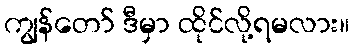
ကျွန်တော် ဒီမှာ ထိုင်လို့ရမလား။